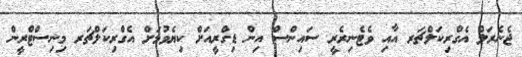
ޖެނެރަލް އެގްރިކަލްޗަރ އާއި ވެޓެނިރެރީ ސައިންސް އިން ޑިގްރީއަށް ކިޔެވުމަށް އެގްރިކަލްޗަރ މިނިސްޓްރީން